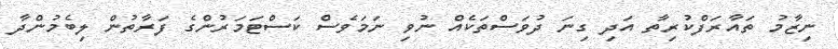
ނިޒާމު ތައާރަފްކުރިތާ އަދި ގިނަ ދުވަސްތަކެއް ނުވި ނަމަވެސް ކަސްޓަމަރުންގެ ފަރާތުން ލިބެމުންދާ